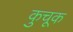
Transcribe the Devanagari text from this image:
कुचूक